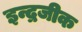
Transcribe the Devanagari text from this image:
इन्द्रजीक